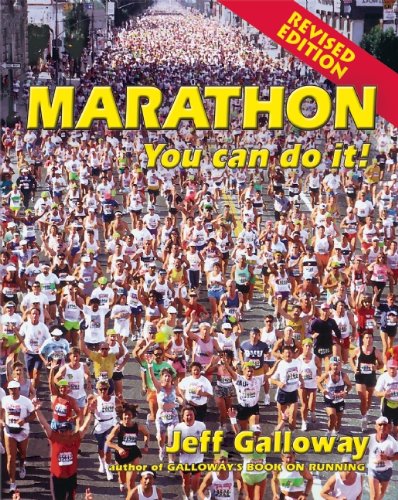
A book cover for Marathon: You Can Do It!; Jeff Galloway; Health, Fitness & Dieting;